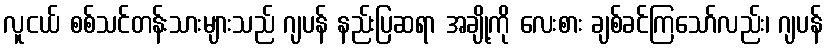
လူငယ် စစ်သင်တန်းသားများသည် ဂျပန် နည်းပြဆရာ အချို့ကို လေးစား ချစ်ခင်ကြသော်လည်း၊ ဂျပန်